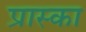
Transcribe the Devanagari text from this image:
प्रास्का